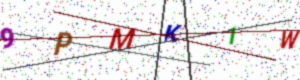
Text: 9PMK1W